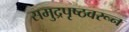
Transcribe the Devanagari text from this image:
समुद्रपृष्ठवरून